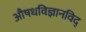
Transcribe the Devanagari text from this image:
अाैषधविज्ञानविद्